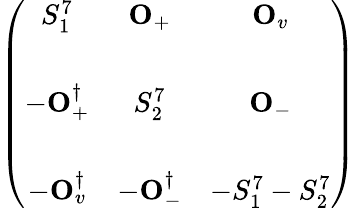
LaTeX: \left(\begin{array}{ccc}{{S_{1}^{7}}}&{{{\mathbf O}_{+}}}&{{{\mathbf O}_{v}}}\\ {{}}&{{}}&{{}}\\ {{-{\mathbf O}_{+}^{\dagger}}}&{{S_{2}^{7}}}&{{{\mathbf O}_{-}}}\\ {{}}&{{}}&{{}}\\ {{-{\mathbf O}_{v}^{\dagger}}}&{{-{\mathbf O}_{-}^{\dagger}}}&{{-S_{1}^{7}-S_{2}^{7}}}\end{array}\right)